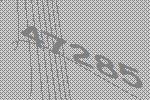
47285